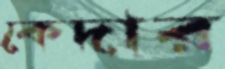
কেদার